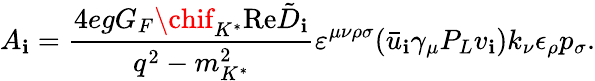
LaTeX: A_{\mathbf{i}}={\frac{{4egG_{F}\chif_{K^{*}}\mathrm{{Re}}\tilde{{D}}_{\mathbf{i}}}}{{q^{2}-m_{K^{*}}^{2}}}}\varepsilon^{\mu\nu\rho\sigma}(\bar{{u}}_{\mathbf{i}}\gamma_{\mu}P_{L}v_{\mathbf{i}})k_{\nu}\epsilon_{\rho}p_{\sigma}.